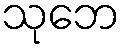
သုဘေ